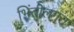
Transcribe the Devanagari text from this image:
भिंतीलगत